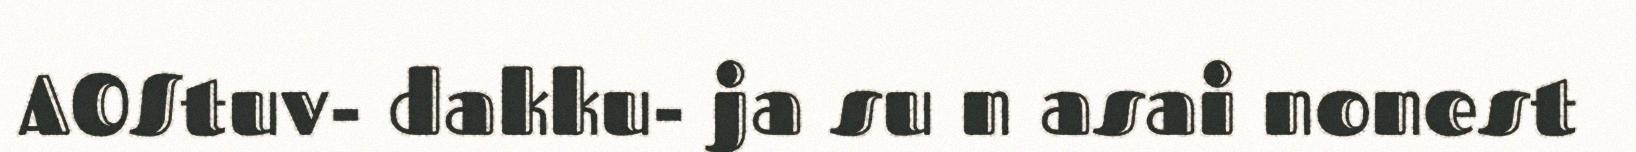
AOStuv- dakku- ja su n asai nonest